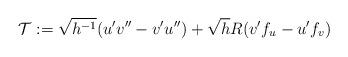
LaTeX: \begin{align*}{\mathcal T}:= \sqrt{h^{-1}} (u' v''-v' u'') + \sqrt{h} R (v' f_u-u' f_v) \end{align*}